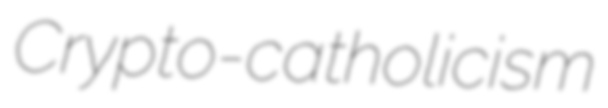
Crypto-catholicism